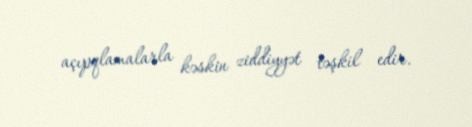
açıpqlamalarla kəskin ziddiyyət təşkil edir.